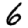
Digit: 6